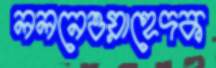
ললনেওয়াহেদক